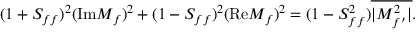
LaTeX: ( 1 + S _ { f f } ) ^ { 2 } ( \mathrm { I m } M _ { f } ) ^ { 2 } + ( 1 - S _ { f f } ) ^ { 2 } ( \mathrm { R e } M _ { f } ) ^ { 2 } = ( 1 - S _ { f f } ^ { 2 } ) \overline { { { | M _ { f ^ { \prime } } ^ { 2 } | } } } .